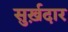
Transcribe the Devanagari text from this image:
सुर्ख़दार